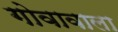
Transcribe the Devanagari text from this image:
गोवावाला